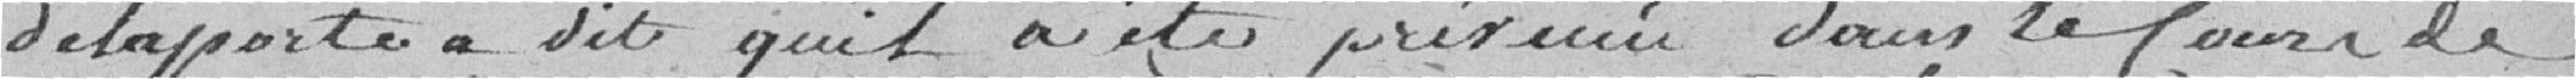
Delaporte a dit qu'il a été prévenu, dans le cours de